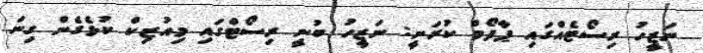
ނަޒީހު ރިސޯޓެއްގައި ޕާފޯމް ކުރަނީ: ނަޒީހު ބުނީ ރިސޯޓްގައި މިއުޒިކް ކުޅެގެން ގިނަ